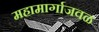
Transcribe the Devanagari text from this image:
महामार्गाजवळ